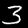
Digit: 3